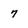
Character: 7